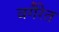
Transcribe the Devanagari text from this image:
वगैरेत